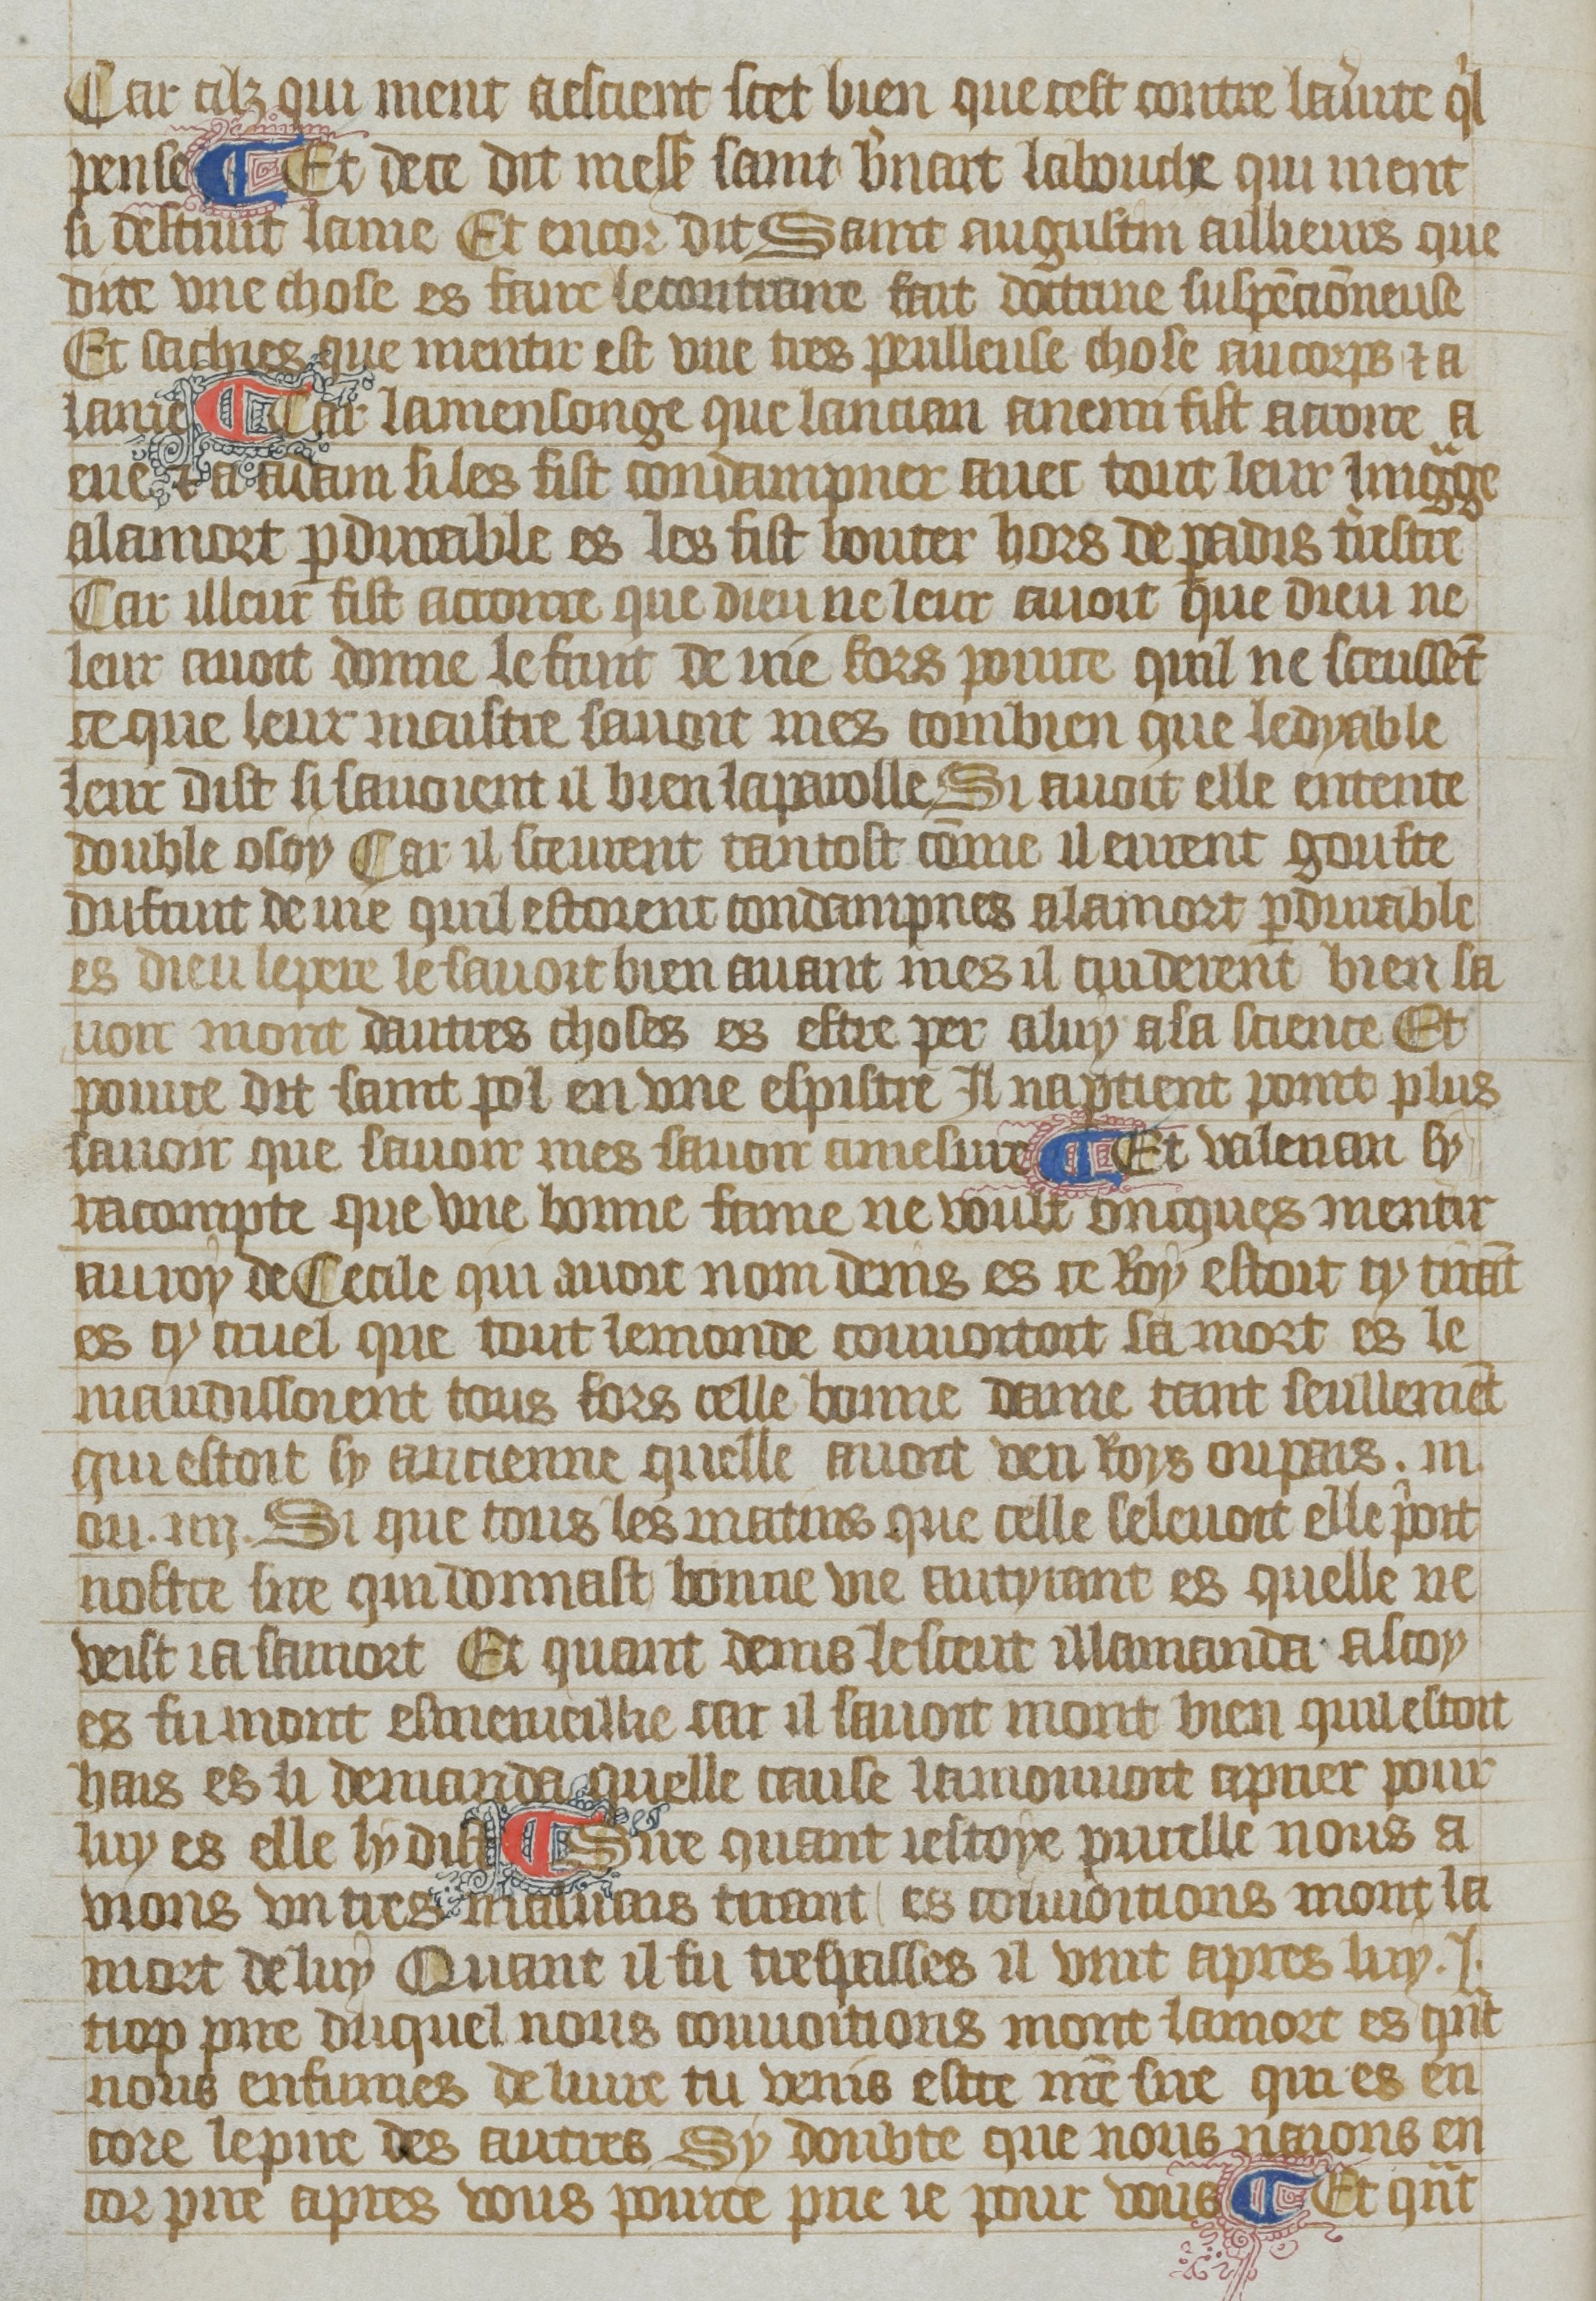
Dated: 1380–1399